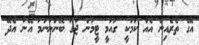
އޭގެ ތެރެއިން އެއް ކަމަކީ ގައުމީ ޓީމުން ޖާގަ ބޭނުންނަމަ އޭނާ އެދޭ